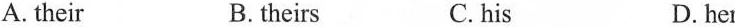
A.their B. theirs C. his D. her